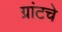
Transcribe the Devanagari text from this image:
ग्रांटचे